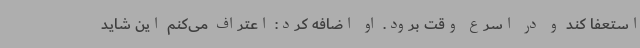
استعفا کند و در اسرع وقت برود. او اضافه کرد: اعتراف می‌کنم این شاید